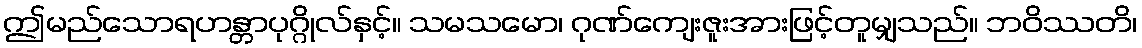
ဤမည်သောရဟန္တာပုဂ္ဂိုလ်နှင့်။ သမသမော၊ ဂုဏ်ကျေးဇူးအားဖြင့်တူမျှသည်။ ဘဝိဿတိ၊